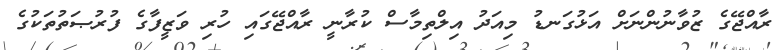
ރާއްޖޭގެ ޒުވާނުންނަށް އަޅުގަނޑު މިއަދު އިލްތިމާސް ކުރާނީ ރާއްޖޭގައި ހުރި ވަޒީފާގެ ފުރުޞަތުތަކުގެ